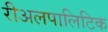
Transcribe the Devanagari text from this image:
रीअलपालिटिक